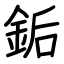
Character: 銗